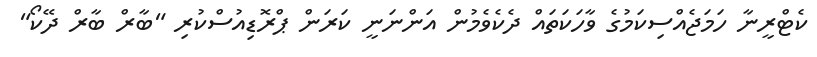
ކެޓްރީނާ ހަމަޖެއްސިކަމުގެ ވާހަކަތައް ދެކެވެމުން އަންނަނީ ކަރަން ޕްރޮޑިއުސްކުރި "ބާރް ބާރް ދޭކޯ"